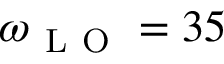
\omega _ { \mathrm { ~ L ~ O ~ } } = 3 5